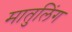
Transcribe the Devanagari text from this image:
मातुलिंग